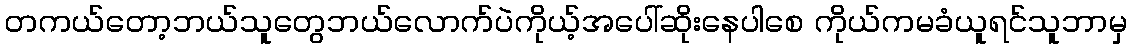
တကယ်တော့ဘယ်သူတွေဘယ်လောက်ပဲကိုယ့်အပေါ်ဆိုးနေပါစေ ကိုယ်ကမခံယူရင်သူဘာမှ